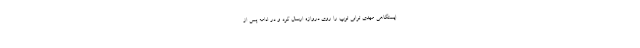
ایستگاهی مهدی ترابی توپ را روی دروازه ارسال کرد و در ادامه پس از